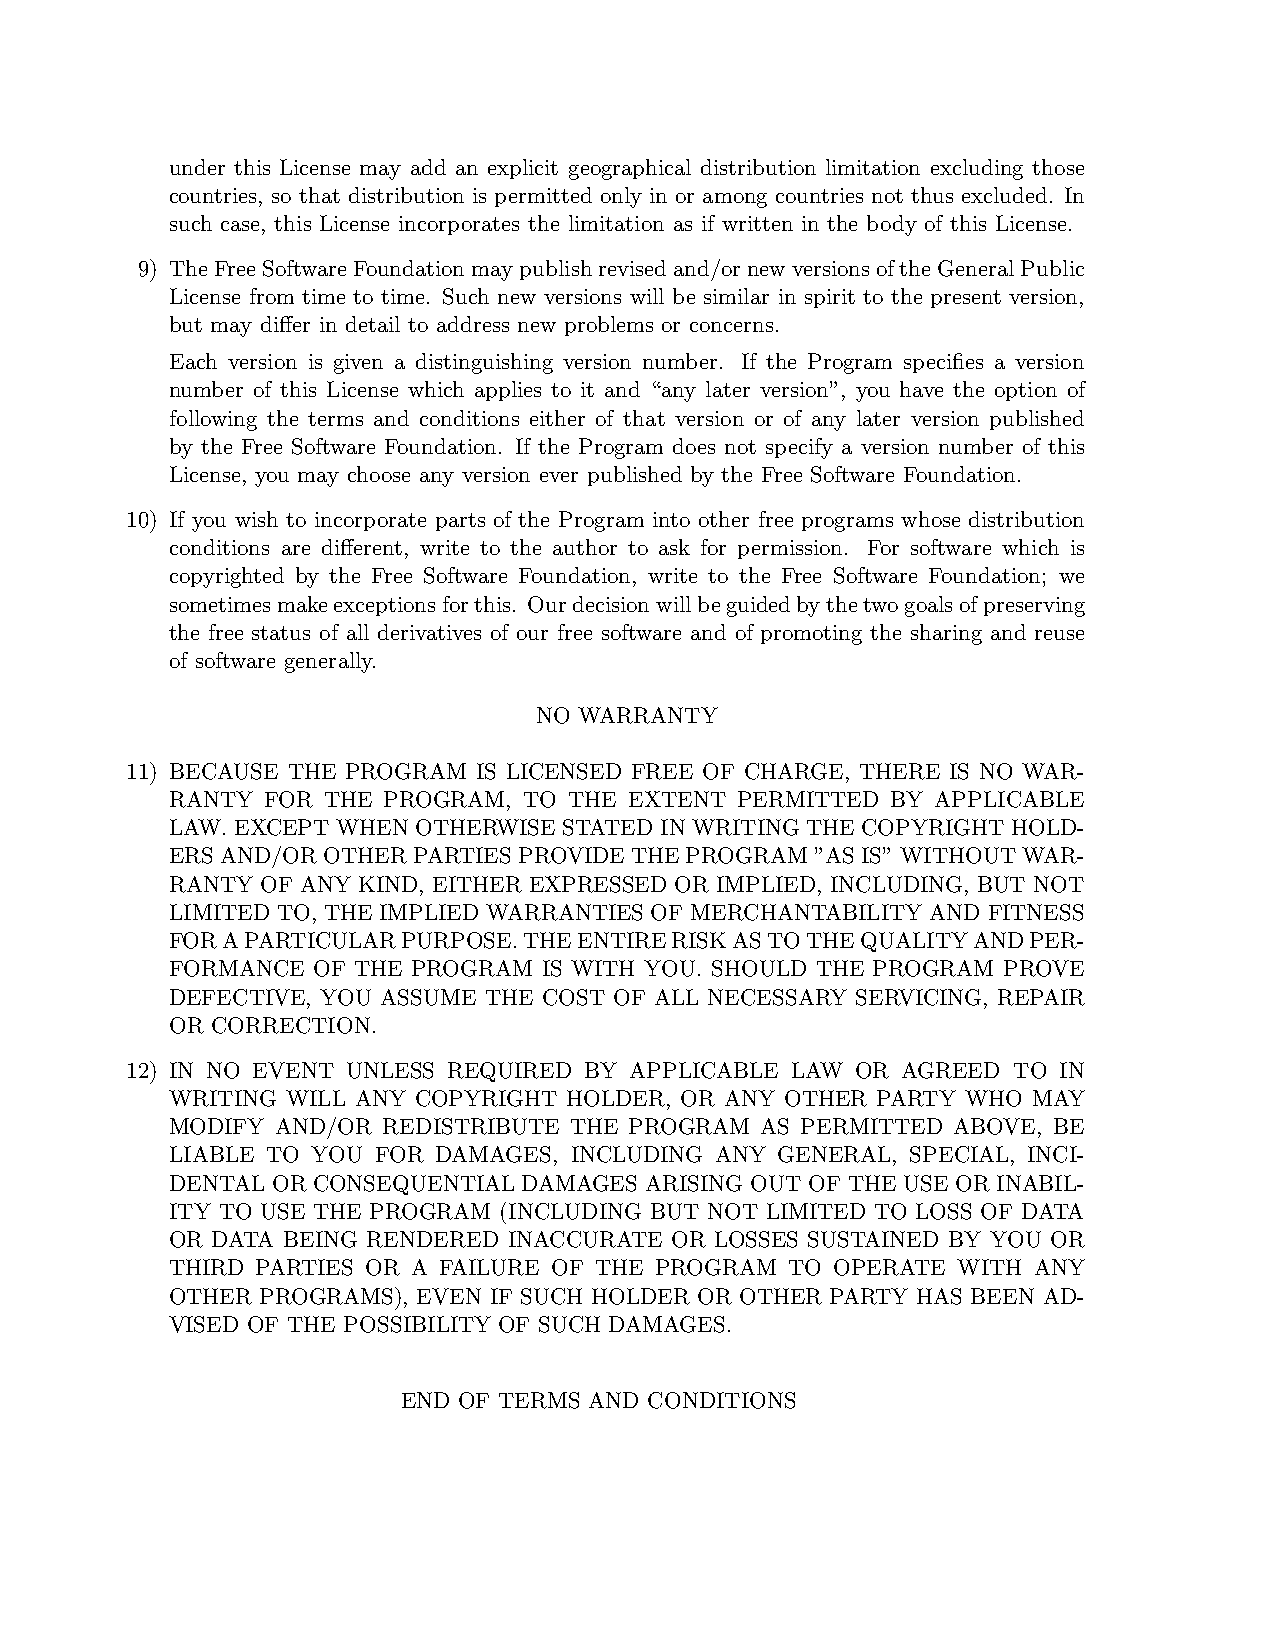
under this License may add an explicit geographical distribution limitation excluding those
 countries, so that distribution is permitted only in or among countries not thus excluded. In
 such case, this License incorporates the limitation as if written in the body of this License.
 9) TheFreeSoftwareFoundation maypublishrevisedand/ornewversionsoftheGeneralPublic
 License from time to time. Such new versions will be similar in spirit to the present version,
 but may differ in detail to address new problems or concerns.
 Each version is given a distinguishing version number. If the Program specifies a version
 number of this License which applies to it and “any later version”, you have the option of
 following the terms and conditions either of that version or of any later version published
 by the Free Software Foundation. If the Program does not specify a version number of this
 License, you may choose any version ever published by the Free Software Foundation.
 10) If you wish to incorporate parts of the Program into other free programs whose distribution
 conditions are different, write to the author to ask for permission. For software which is
 copyrighted by the Free Software Foundation, write to the Free Software Foundation; we
 sometimesmakeexceptionsforthis. Ourdecisionwillbeguidedbythetwogoalsofpreserving
 the free status of all derivatives of our free software and of promoting the sharing and reuse
 of software generally.
 NO WARRANTY
 11) BECAUSE THE PROGRAM IS LICENSED FREE OF CHARGE, THERE IS NO WAR-
 RANTY  FOR THE PROGRAM, TO THE EXTENT PERMITTED BY APPLICABLE
 LAW. EXCEPT WHEN OTHERWISE STATEDIN WRITING THE COPYRIGHT HOLD-
 ERS AND/OR OTHERPARTIES PROVIDE THE PROGRAM ”AS IS”WITHOUTWAR-
 RANTY OF ANY KIND, EITHER EXPRESSED OR IMPLIED, INCLUDING, BUT NOT
 LIMITED TO, THE IMPLIED WARRANTIES OF MERCHANTABILITY AND FITNESS
 FORAPARTICULARPURPOSE.THEENTIRERISKASTOTHEQUALITYANDPER-
 FORMANCE  OF THE PROGRAM IS WITH YOU. SHOULD THE PROGRAM PROVE
 DEFECTIVE, YOU ASSUME THE COST OF ALL NECESSARY SERVICING, REPAIR
 OR CORRECTION.
 12) IN NO EVENT UNLESS REQUIRED BY APPLICABLE LAW OR AGREED TO IN
 WRITING WILL ANY COPYRIGHT HOLDER, OR ANY OTHER PARTY WHO MAY
 MODIFY AND/OR REDISTRIBUTE THE PROGRAM AS PERMITTED ABOVE, BE
 LIABLE TO YOU FOR DAMAGES, INCLUDING ANY GENERAL, SPECIAL, INCI-
 DENTAL OR CONSEQUENTIAL DAMAGES ARISING OUT OF THE USE OR INABIL-
 ITY TO USE THE PROGRAM (INCLUDING BUT NOT LIMITED TO LOSS OF DATA
 OR DATA BEING RENDERED INACCURATE OR LOSSES SUSTAINED BY YOU OR
 THIRD PARTIES OR A FAILURE OF THE PROGRAM TO OPERATE WITH ANY
 OTHER PROGRAMS), EVEN IF SUCH HOLDER OR OTHER PARTY HAS BEEN AD-
 VISED OF THE POSSIBILITY OF SUCH DAMAGES.
 END OF TERMS AND CONDITIONS